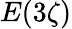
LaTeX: E(3\zeta)